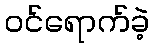
ဝင်ရောက်ခဲ့